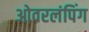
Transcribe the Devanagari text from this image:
ओवरलंपिंग